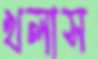
খলাস